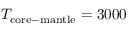
T _ { \mathrm { c o r e - m a n t l e } } = 3 0 0 0